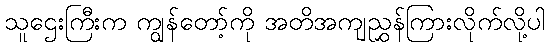
သူဌေးကြီးက ကျွန်တော့်ကို အတိအကျညွှန်ကြားလိုက်လို့ပါ